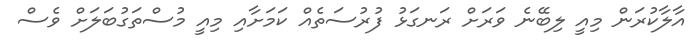
އާލާކުރަން މިއީ ލިބޭނެ ވަރަށް ރަނގަޅު ފުރުސަތެއް ކަމަށާއި މިއީ މުސްތަގުބަލަށް ވެސް